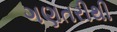
ગણતરીથી